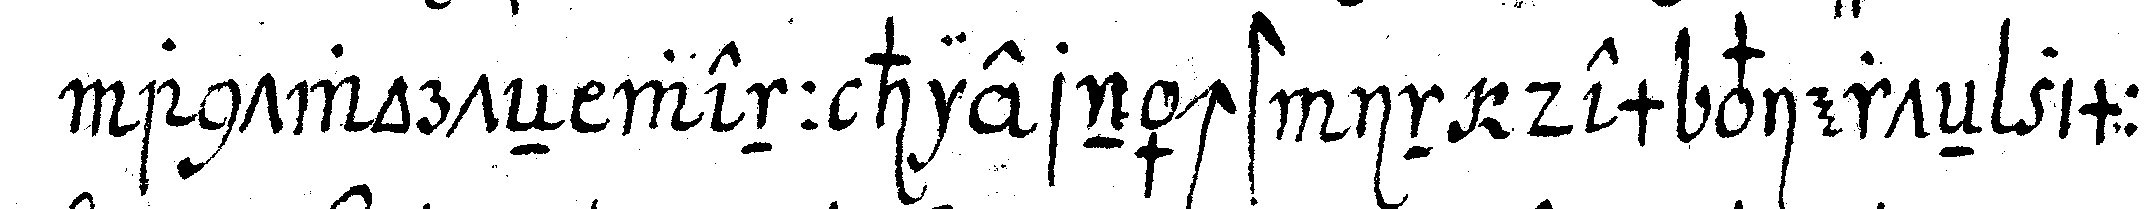
antworteN wenn hiernächst in dem vierteN zimmer